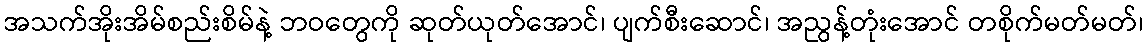
အသက်အိုးအိမ်စည်းစိမ်နဲ့ ဘဝတွေကို ဆုတ်ယုတ်အောင်၊ ပျက်စီးဆောင်၊ အညွန့်တုံးအောင် တစိုက်မတ်မတ်၊